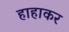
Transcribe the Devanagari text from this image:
हाहाकर